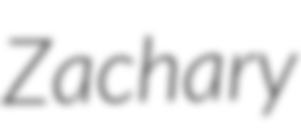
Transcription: Zachary